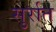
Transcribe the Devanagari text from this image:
सुर्रात